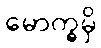
မောက္ခမှိ